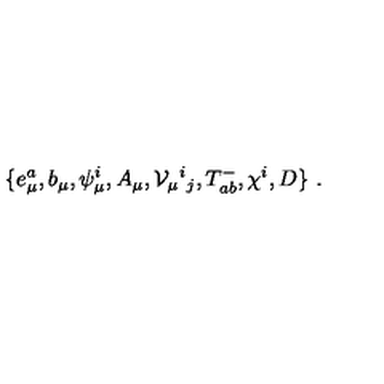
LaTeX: \{ e _ { \mu } ^ { a } , b _ { \mu } , \psi _ { \mu } ^ { i } , A _ { \mu } , { \cal V } _ { \mu } { } ^ { i } { } _ { j } , T _ { a b } ^ { - } , \chi ^ { i } , D \} \ .